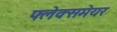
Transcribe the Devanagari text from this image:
फ्लेक्समेयर